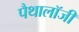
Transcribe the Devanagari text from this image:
पैथालॉजी